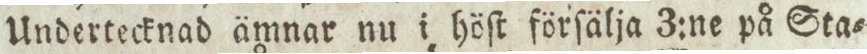
Undertecknad ämnar nu i höſt förſälja 3:ne på Sta=